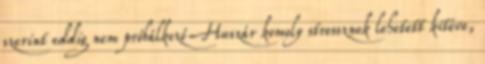
szerint eddig nem próbálkozó Huszár komoly stressznek lehetett kitéve,